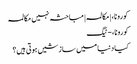
کورونا، | مکالمہ | مباحثہ نہیں مکالمہ
کورونا، - ٹیگ
کیا دنیا میں سازشیں ہوتی ہیں؟